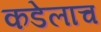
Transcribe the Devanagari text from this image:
कडेलाच